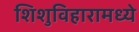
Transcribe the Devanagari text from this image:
शिशुविहारामध्ये